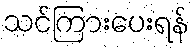
သင်ကြားပေးရန်